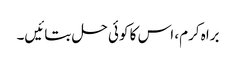
براہ کرم، اس کا کوئی حل بتائیں۔